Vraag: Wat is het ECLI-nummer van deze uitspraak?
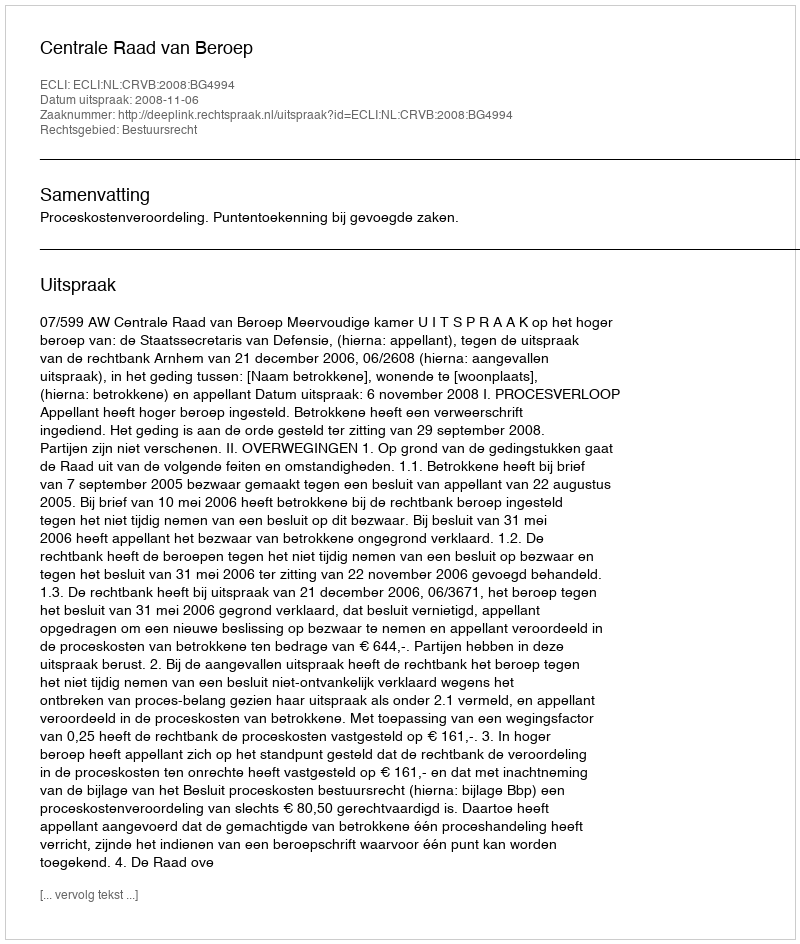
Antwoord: ECLI:NL:CRVB:2008:BG4994